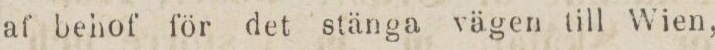
af behof för det stänga vägen till Wien,